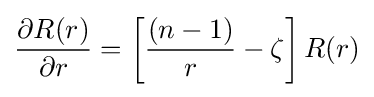
{\partial R(r) \over \partial r}=\left[{\frac {(n-1)}{r}}-\zeta \right]R(r)